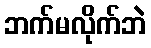
ဘက်မလိုက်ဘဲ